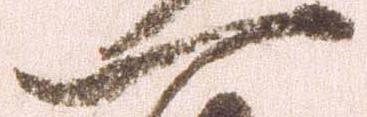
一